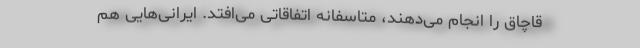
قاچاق را انجام می‌دهند، متاسفانه اتفاقاتی می‌افتد. ایرانی‌هایی هم